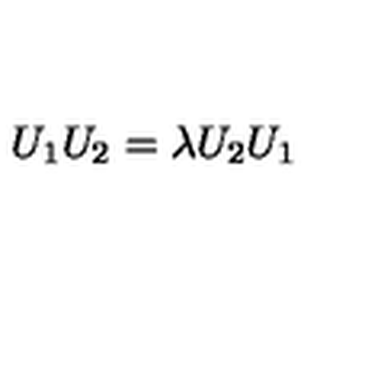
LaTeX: U _ { 1 } U _ { 2 } = \lambda U _ { 2 } U _ { 1 }